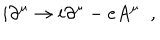
LaTeX: i \partial ^ { \mu } \rightarrow i \partial ^ { \mu } - e A ^ { \mu } \; \; ,